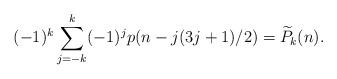
LaTeX: \begin{align*}(-1)^k\sum_{j=-k}^k(-1)^jp(n-j(3j+1)/2)=\widetilde P_k(n).\end{align*}